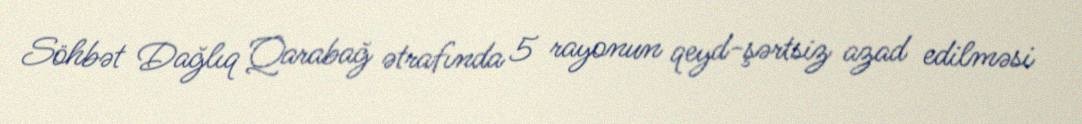
Söhbət Dağlıq Qarabağ ətrafında 5 rayonun qeyd-şərtsiz azad edilməsi